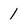
Character: l